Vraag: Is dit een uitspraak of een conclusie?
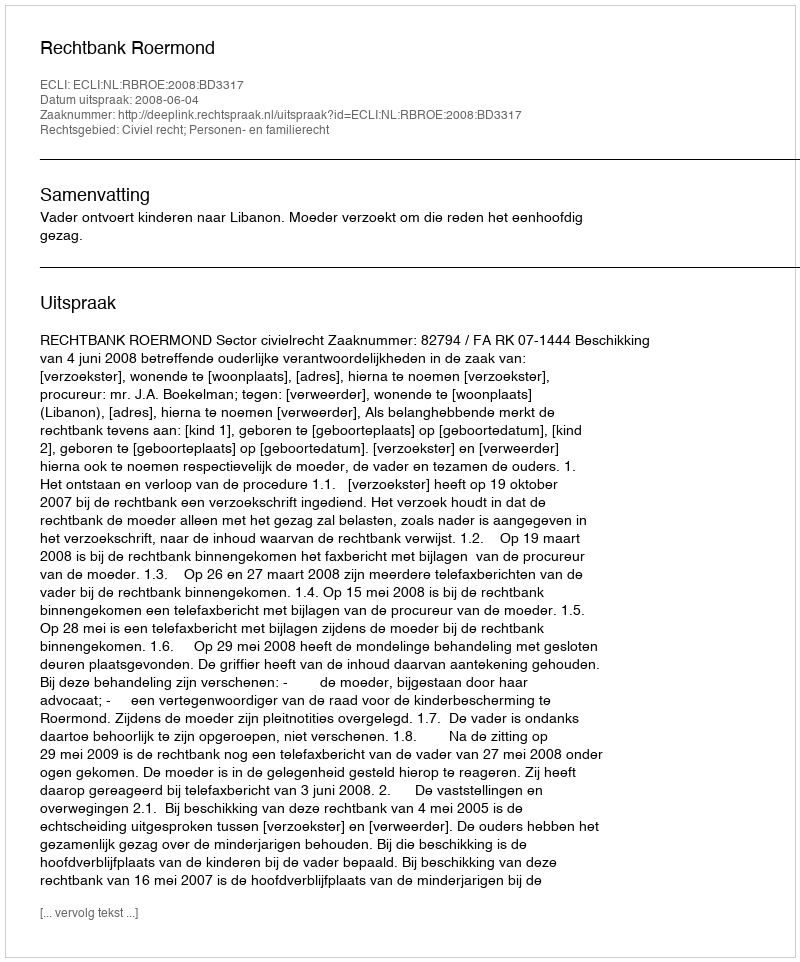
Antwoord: Uitspraak